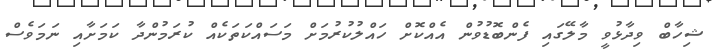
ޝިހާބް ވިދާޅުވީ މާލޭގައި ފެންބޮޑުވުން އެއްކޮށް ހައްލުކުރުމަށް މަސައްކަތަކެއް ކުރަމުންދާ ކަމަށާއި ނަމަވެސް